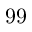
9 9